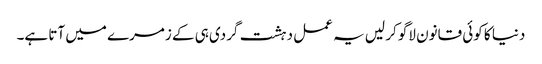
دنیا کا کوئی قانون لاگو کر لیں یہ عمل دہشت گردی ہی کے زمرے میں آتا ہے۔